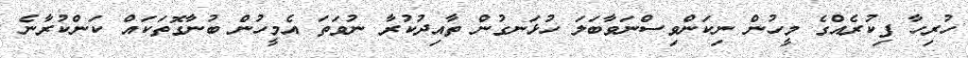
ހުރިހާ ފިކުރެއްގެ މީހުން ނިކަންވިސްނަވާބަލަ ހުޅަނގުން ތާއިދުކުރާ ނުވަތަ އެމީހުން ބުނާގޮތަކައް ކަންކުރާނެ